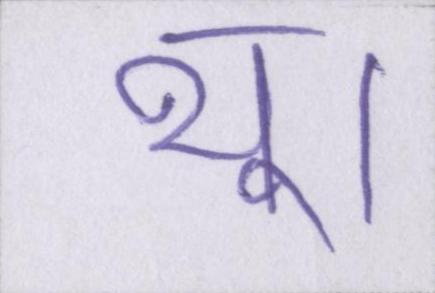
थू।